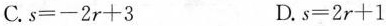
C.$$s=-2r+3$$ D.$$s=2r+1$$